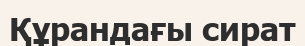
Құрандағы сират